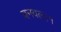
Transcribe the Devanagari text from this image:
बनवल।१